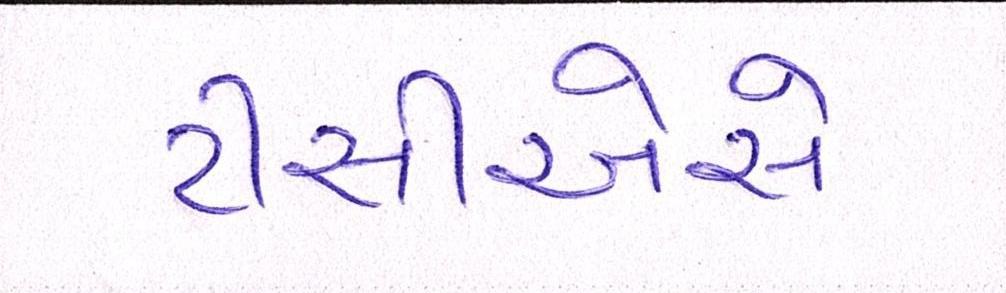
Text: ટીસીએસે